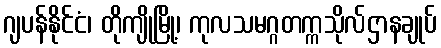
ဂျပန်နိုင်ငံ၊ တိုကျိုမြို့၊ ကုလသမဂ္ဂတက္ကသိုလ်ဌာနချုပ်